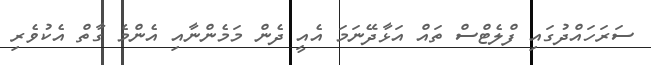
ސަރަހައްދުގައި ފްލެޓްސް ތައް އަޅާދޭނަމަ އެއީ ދެން މަމެންނާއި އެންމެ ގާތް އެކުވެރި